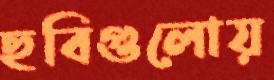
ছবিগুলোয়